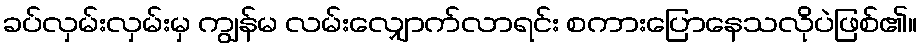
ခပ်လှမ်းလှမ်းမှ ကျွန်မ လမ်းလျှောက်လာရင်း စကားပြောနေသလိုပဲဖြစ်၏။